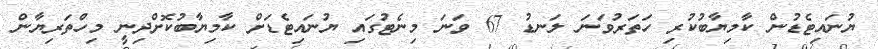
ޔުނައިޓެޑުން ކާމިޔާބުކުރި ހަތަރުވަނަ ލަނޑު 67 ވަނަ މިނެޓުގައި ޔުނައިޓެޑަށް ކާމިޔާބުކޮށްދިނީ މިހްތަރިޔާން